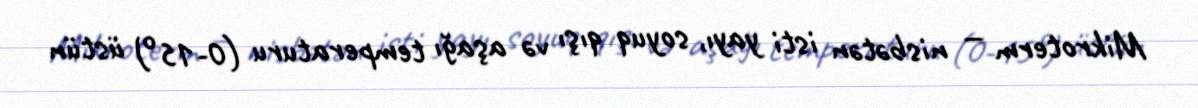
Mikroterm — nisbətən isti yayı, soyuq qışı və aşağı temperaturu (0-15°) üstün